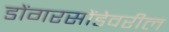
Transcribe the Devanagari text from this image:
डोंगरसोंडेवरील